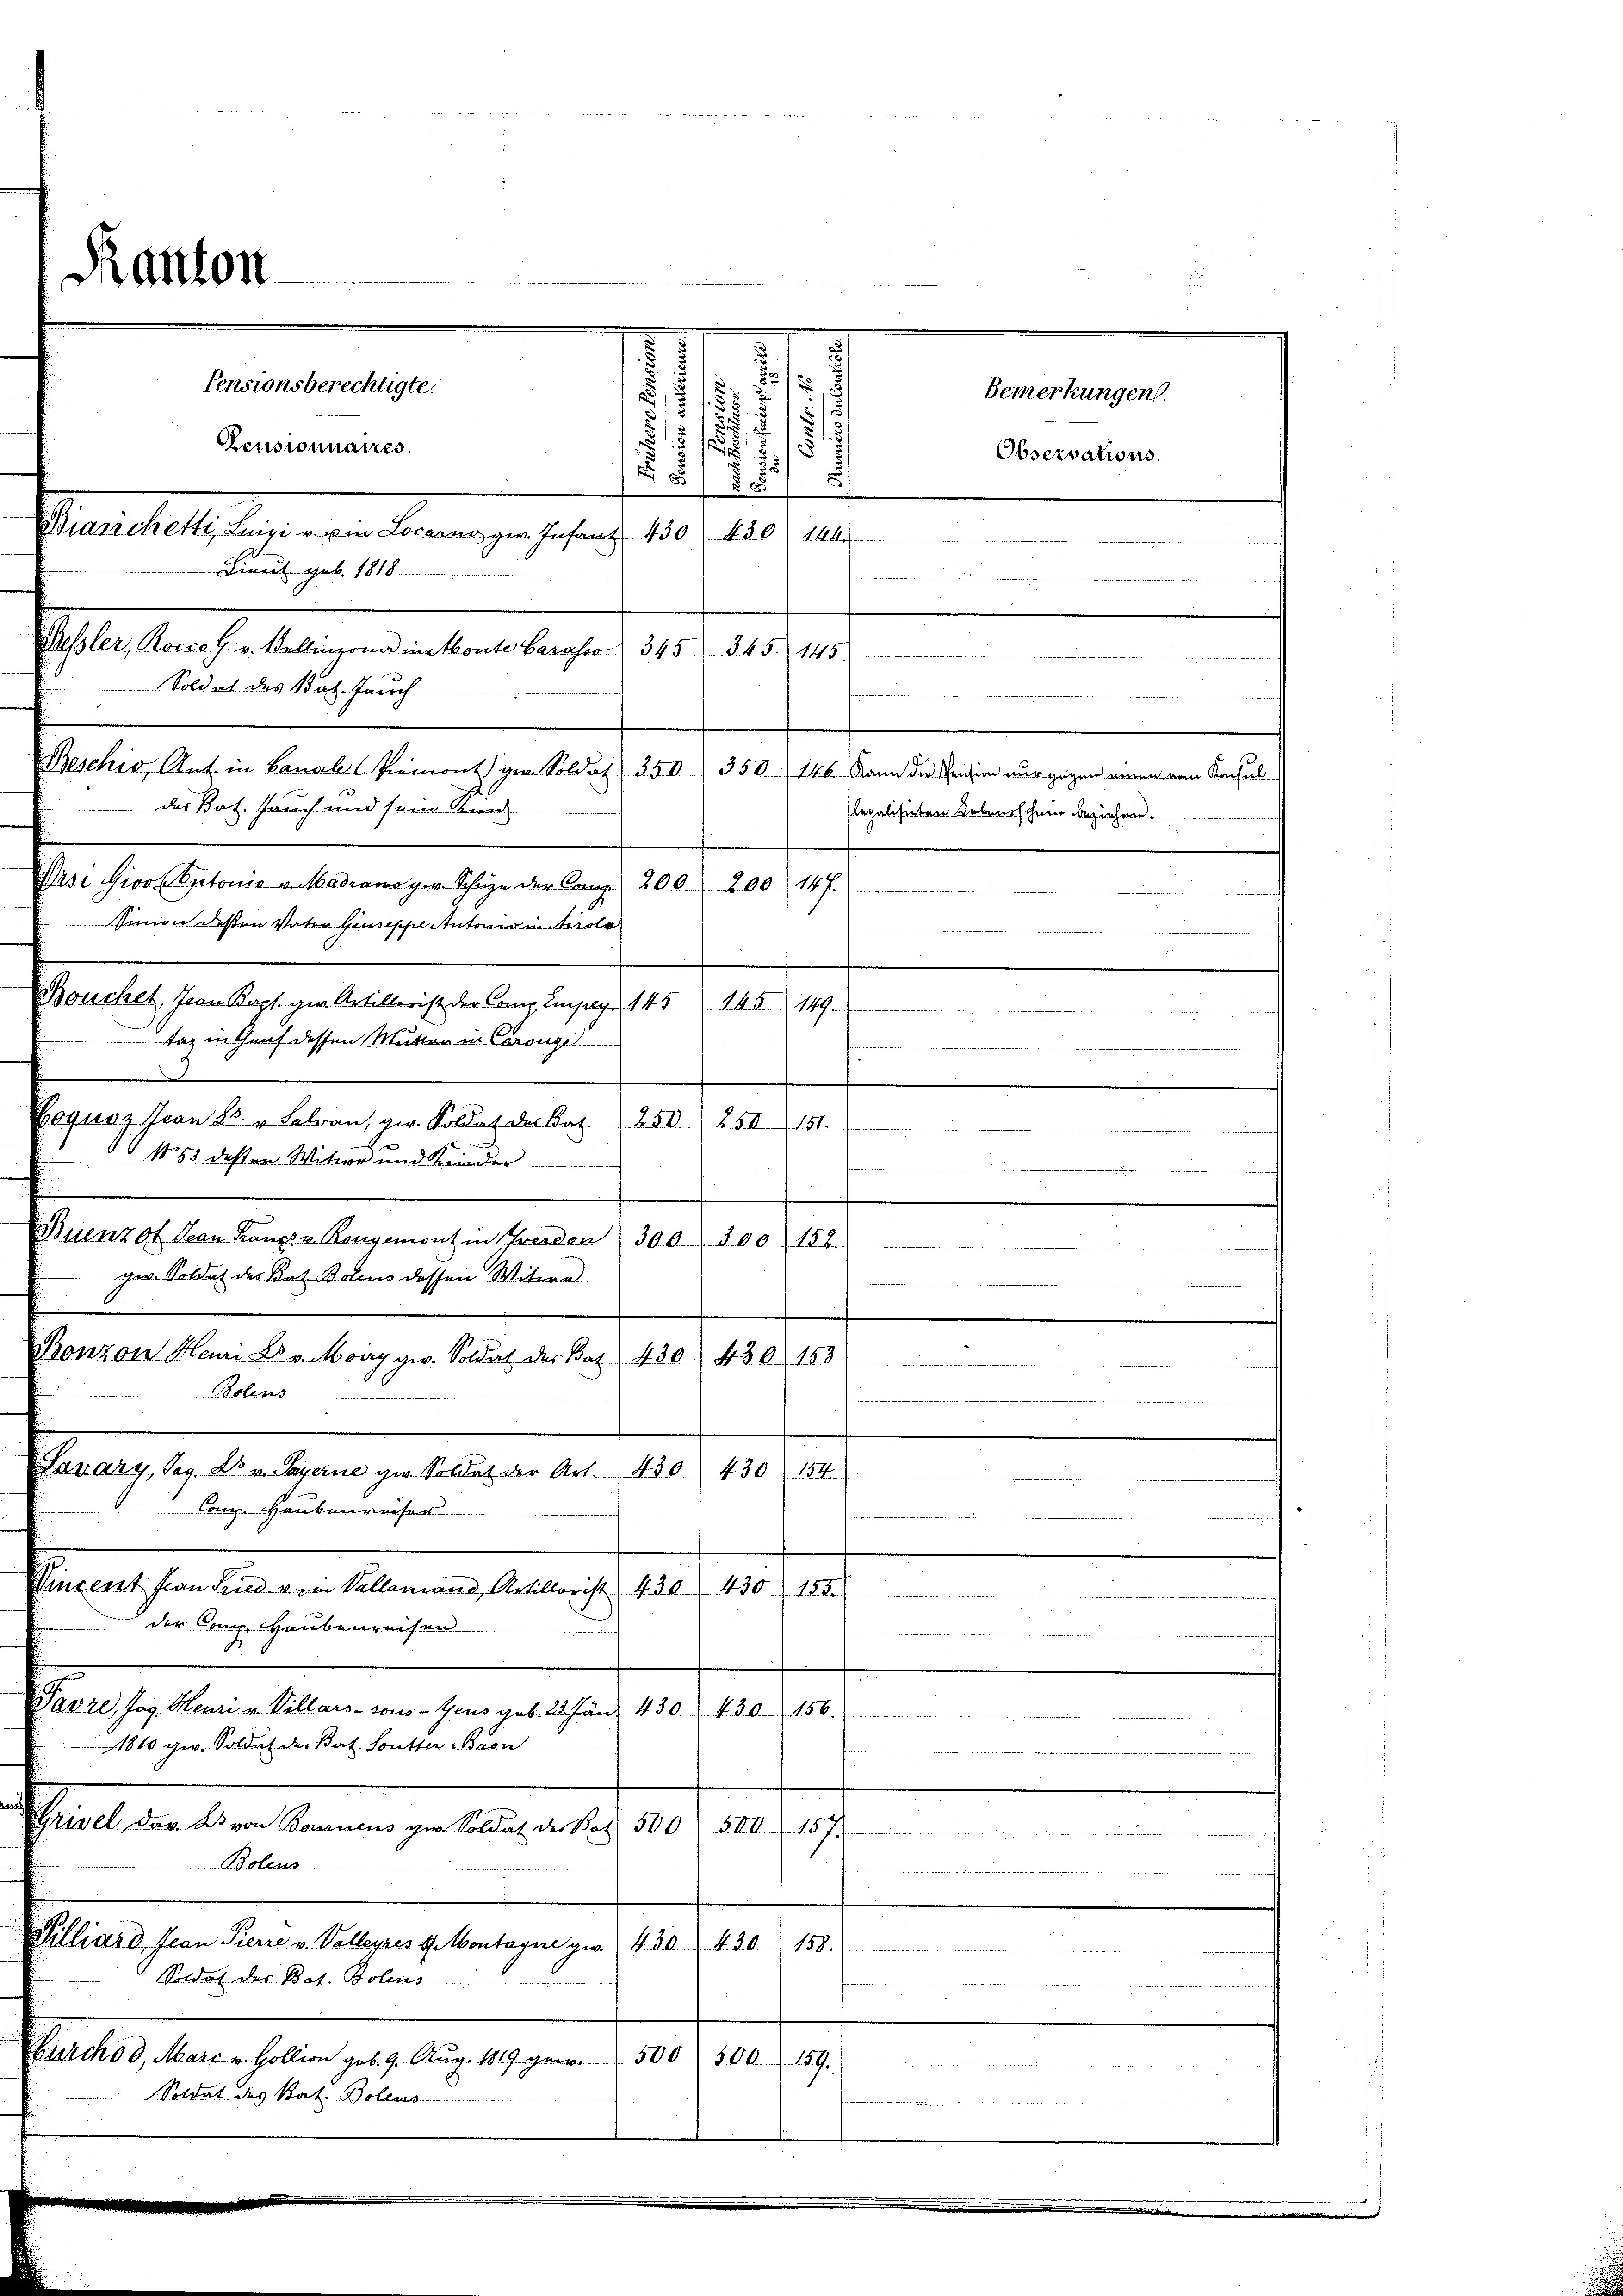
.
1
Pensionsberechtigte.
/
1
3

5
.
.
2
55
7
Bianchetti, Luigi u. in Locarno gw. Infant. 430. 430. 144.
.
slasten haltigen denken betrache 1810. d. d.
Beschiv, Ant. in Banal Piemont in Soldat 350. 350. 146. Mann die Pension nur gegen einen von Kochul
des Rat. Jauch und sein Kind
Pasi Gioo Optonia v. Modrama zw. Schen der Comp. 200. 200 147.
Simon deßen Vater Giuseppe Autonio in Airolo
Bouchet, Jean Kapt. die Artillerist der Comp. Einpag. 145. 145. 149.
tag in Graf dessen Mutter in Carougel
Goquoz Jean es. v. Lehren, ger. Soldat der Kat
 153 deßen Witwe und Kinder
.
Nuenzot Jean Franz v. Konremont in verdon 300. 300. 152.
ger. Soldat des Bat. Botens dessen Witwe
Bonzon Meuri Dr. v. Moiry ge. Soldat der Rat 430. 430 153
Bolens
Franz an die angel angen des 1810. 1910.
m
Comp. Hauserweiser
.
Vinzent von Fried v. ein Vallemand, Artillorist 430 430 155.

der Cong. Haubenreisen
Pavre, Jos. Heuri v. Villars- sons-Geus geb. 25. fänd 430. 430 - 156.
1810. ge. Soldat der Bat. Soutter Bron
Peinladen den Kennen, erlesen eine an die er ich
 Alter werde der Weise der der der
Bolem
Tilliard, Jean Pierre v. Valleyres d. Montagnie gew. 430. 430
158.
uee einen tritten den ein
Soldat des Bat. Bolens
.
Marchod, Mari u. Hollion geb. 9. Aug. 1819 ge.... 500 500. 159.

Soldat des Rat. Bolens

Ranton

Censionnaires.
Linedt geb. 1818.

Soldat des Tat. Jauch

auerte der
slegalisirten Lebensschmer beziehen.
e
250. 254 (151.

Bemerkungen.
Observations.